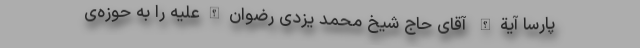
پارسا آیةالله آقای حاج شیخ محمد یزدی رضوان‌الله‌علیه را به حوزه‌ی